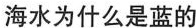
海水为什么是蓝的